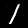
Digit: 1